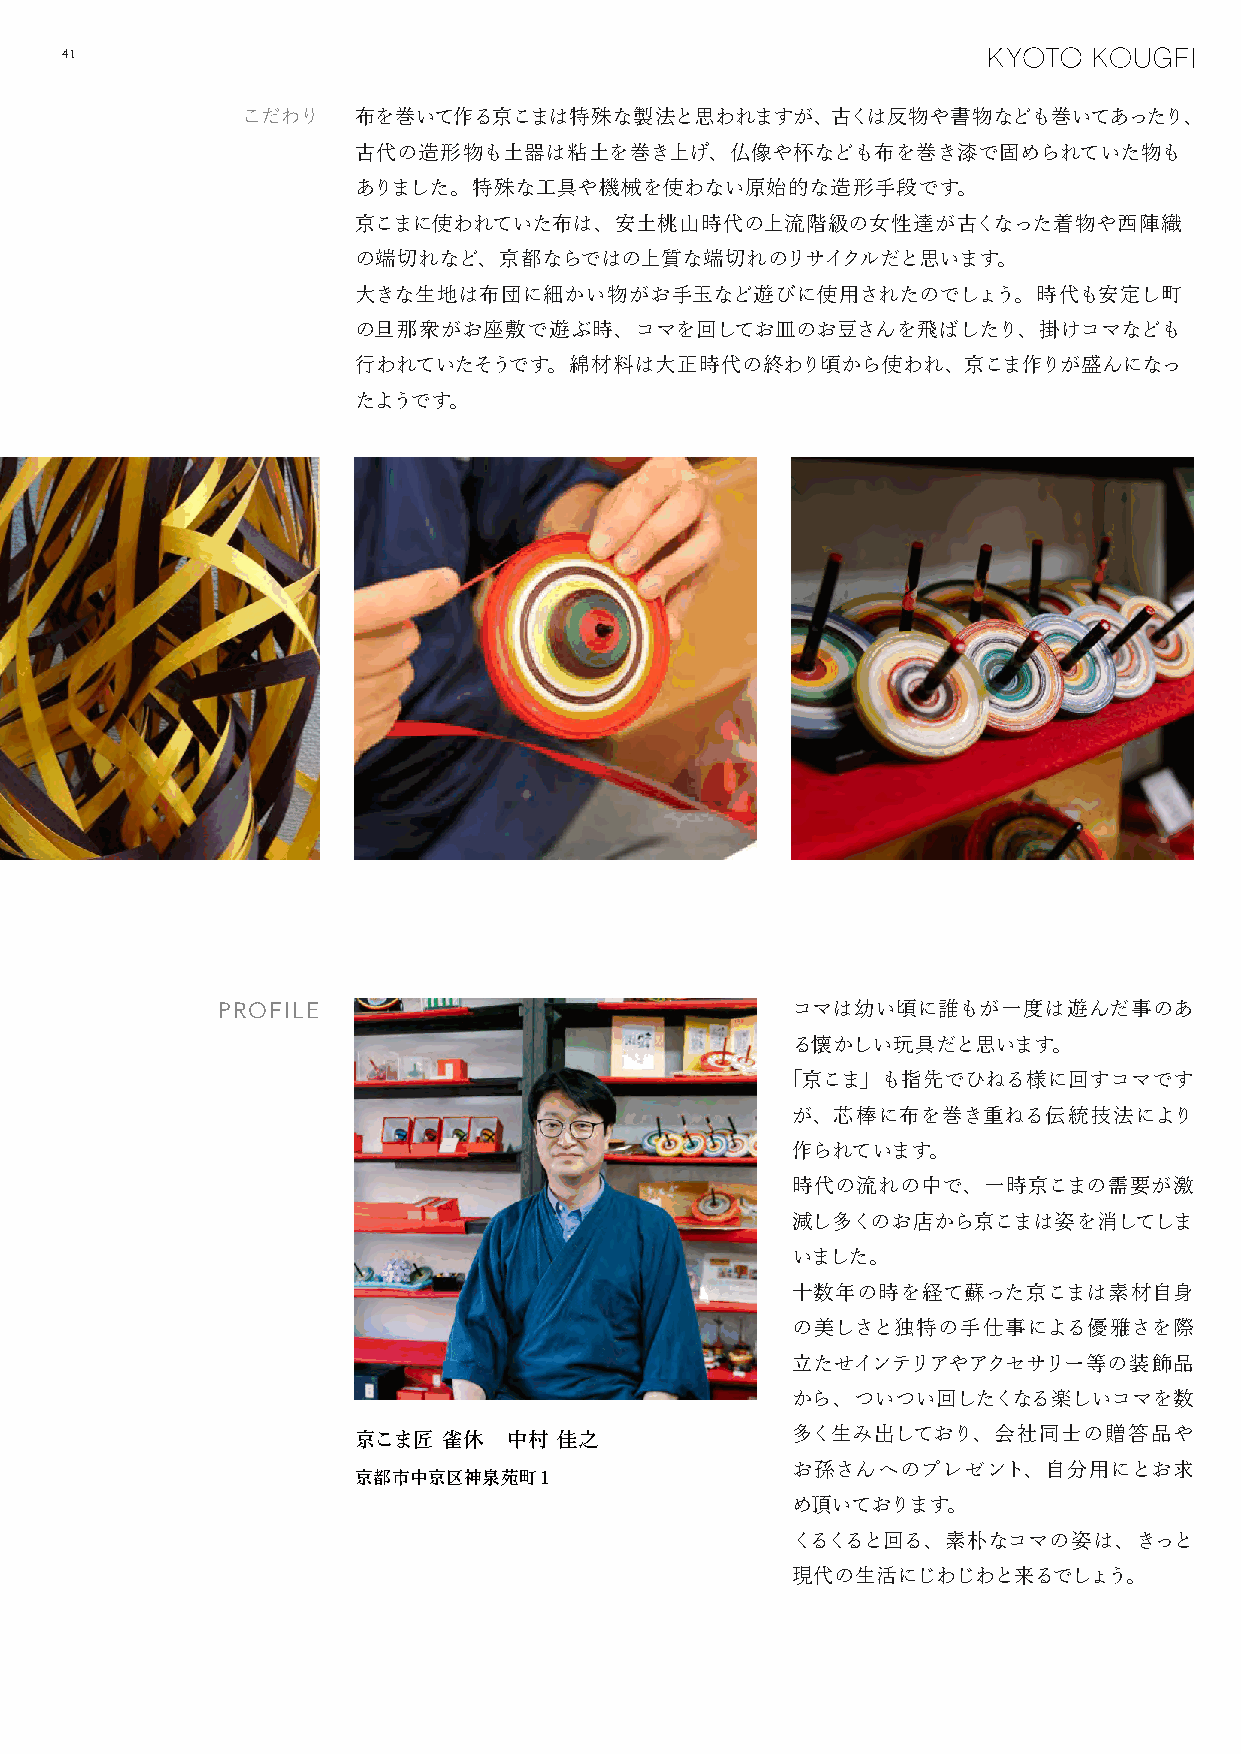
41
 こだわり   布を巻いて作る京こまは特殊な製法と思われますが、古くは反物や書物なども巻いてあったり、
 古代の造形物も土器は粘土を巻き上げ、仏像や杯なども布を巻き漆で固められていた物も
 ありました。特殊な工具や機械を使わない原始的な造形手段です。
 京こまに使われていた布は、安土桃山時代の上流階級の女性達が古くなった着物や西陣織
 の端切れなど、京都ならではの上質な端切れのリサイクルだと思います。
 大きな生地は布団に細かい物がお手玉など遊びに使用されたのでしょう。時代も安定し町
 の旦那衆がお座敷で遊ぶ時、コマを回してお皿のお豆さんを飛ばしたり、掛けコマなども
 行われていたそうです。綿材料は大正時代の終わり頃から使われ、京こま作りが盛んになっ
 たようです。
 PROFILE                               コマは幼い頃に誰もが一度は遊んだ事のあ
 る懐かしい玩具だと思います。
 「京こま」も指先でひねる様に回すコマです
 が、芯棒に布を巻き重ねる伝統技法により
 作られています。
 時代の流れの中で、一時京こまの需要が激
 減し多くのお店から京こまは姿を消してしま
 いました。
 十数年の時を経て蘇った京こまは素材自身
 の美しさと独特の手仕事による優雅さを際
 立たせインテリアやアクセサリー等の装飾品
 から、ついつい回したくなる楽しいコマを数
 京こま匠  雀休   中村 佳之
 多く生み出しており、会社同士の贈答品や
 お孫さんへのプレゼント、自分用にとお求
 京都市中京区神泉苑町１
 め頂いております。
 くるくると回る、素朴なコマの姿は、きっと
 現代の生活にじわじわと来るでしょう。